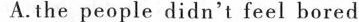
A.the people didn't feel bored